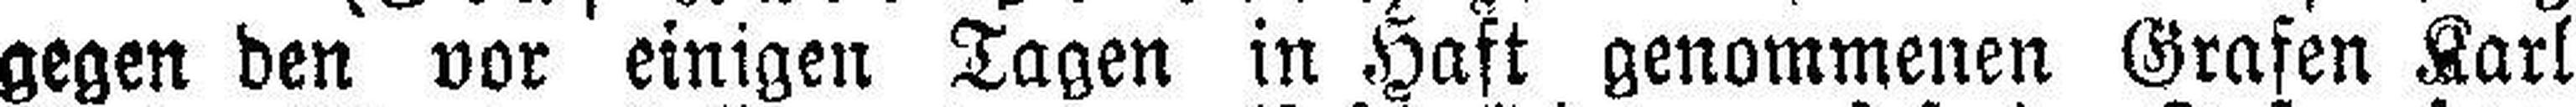
gegen den vor einigen Tagen in Haft genommenen Grafen Karl